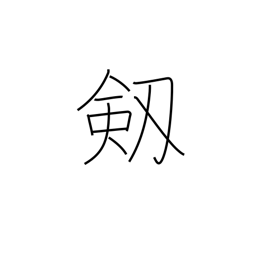
Meaning: sword